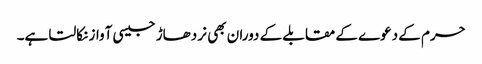
حرم کے دعوے کے مقابلے کے دوران بھی نر دھاڑ جیسی آواز نکالتا ہے۔